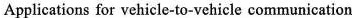
Applications for vehicle-to-vehicle communication